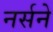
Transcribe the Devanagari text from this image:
नर्सने